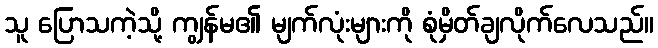
သူ ပြောသကဲ့သို့ ကျွန်မ၏ မျက်လုံးများကို စုံမှိတ်ချလိုက်လေသည်။